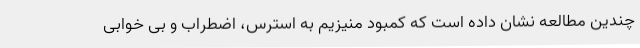
چندین مطالعه نشان داده است که کمبود منیزیم به استرس، اضطراب و بی خوابی